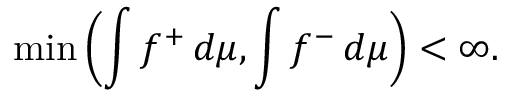
\operatorname* { m i n } \left( \int f ^ { + } \, d \mu , \int f ^ { - } \, d \mu \right) < \infty .